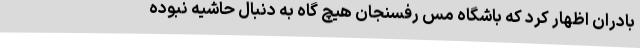
بادران اظهار کرد که باشگاه مس رفسنجان هیچ گاه به دنبال حاشیه نبوده